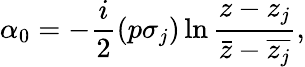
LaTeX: \alpha_{0}=-\frac{i}{2}(p\sigma_{j})\ln\frac{z-z_{j}}{\bar{z}-\overline{{z_{j}}}},